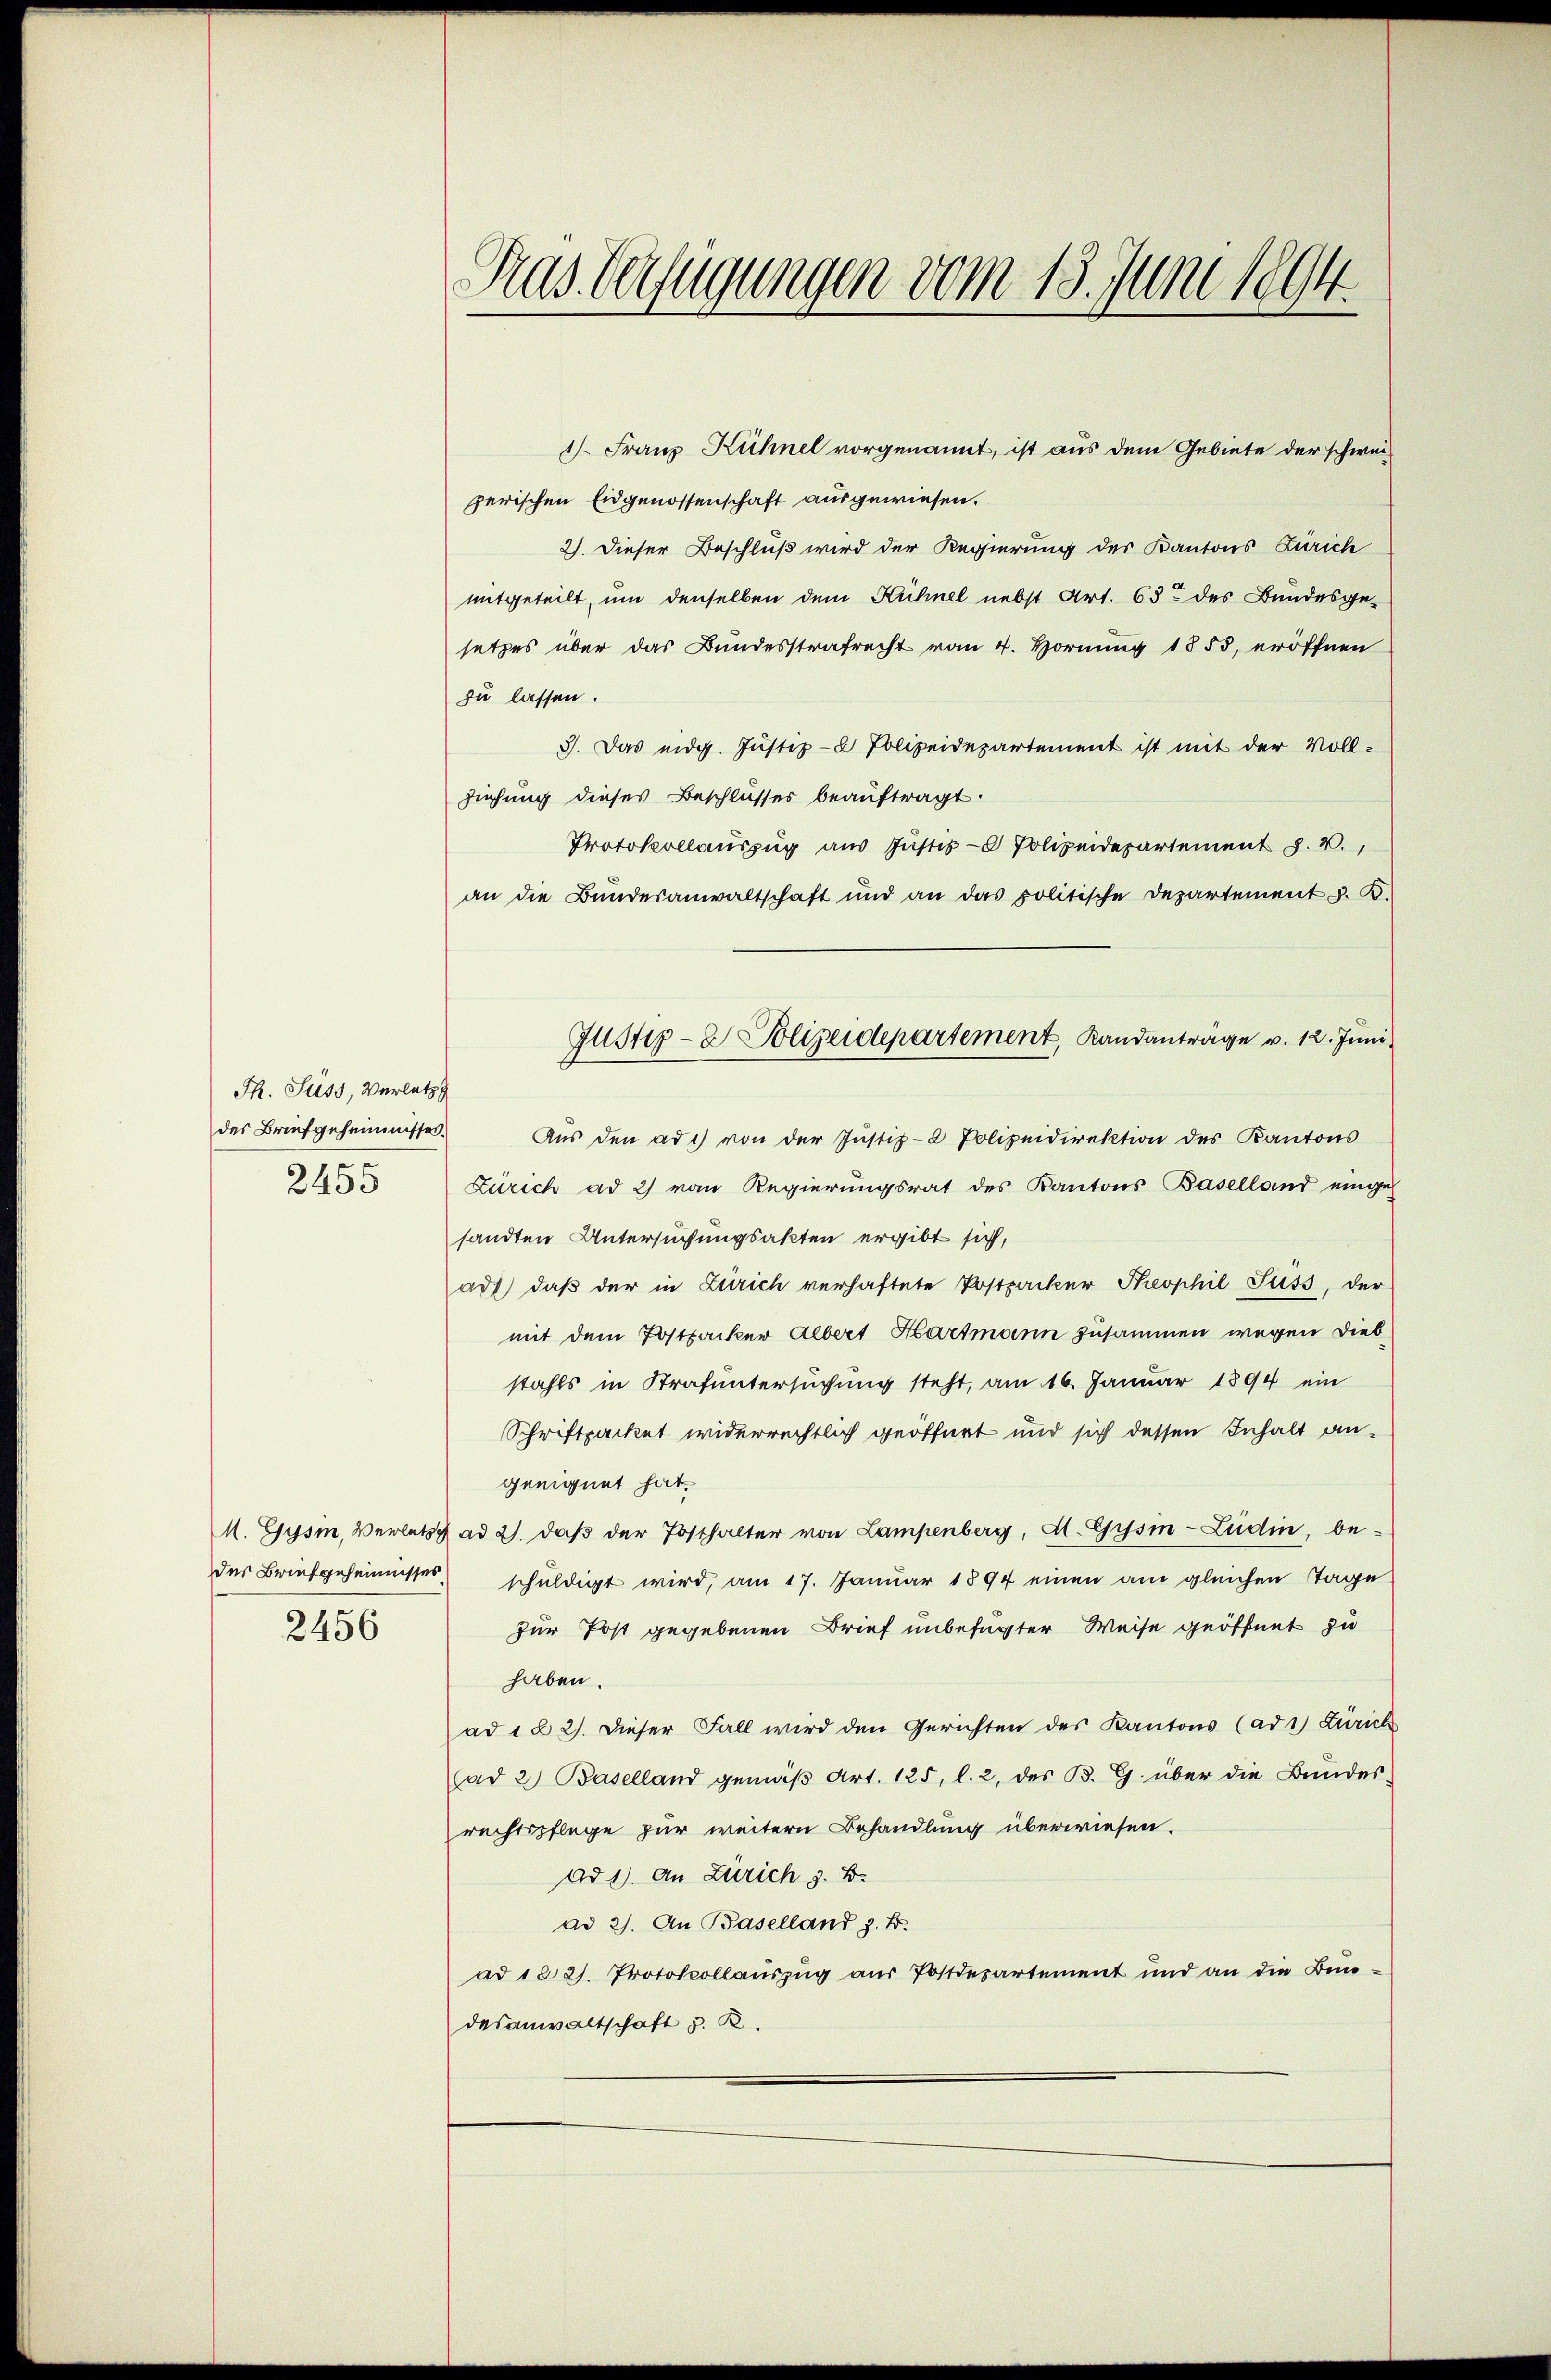
Th. Süss, Verletz
des Briefgeheimnisses.
2455

des Briefgeheimisses
2456

Pras Verfügungen vom 13. Juni 1894.

1. Franz Kühnel vorgenannt, ist aus dem Gebiete der schweizerischen Eidgenossenschaft ausgewiesen.
2). Dieser Beschluß wird der Regierung des Kantons Zürich
mitgeteilt, um denselben dem Kühnel nebst Art. 63 des Bundesgesetzes über das Bundesstrafrecht vom 4. Hornung 1855, eröffnen
zu lassen.
3). Das eidg. Justiz-8 Polizeidepartement ist mit der Voll-
Ziehung dieses Beschlusses beauftragt.
Protokollaŭszŭg aŭs Jŭstiz-8 Polizeidepartement J. V.
an die Bŭndesanwaltschaft und an das politische Departement z. B.
Aŭs den ad c) von der Justiz- Polizeidirektion des Kantons
Zürich ad 2) von Regierungsrat des Kantons Baselland eingeh
sandten Untersuchungsakten ergibt sich,
ad1) daß der in Zürich verhaftete Postpacker Theophil Süss, der
mit dem Postpacker Albert Hartmann zusammen wegen Diebstahls in Strafuntersuchung steht, am 16. Januar 1894 ein
Schriftpacket widerrechtlich geöffnet und sich dessen Inhalt angeeignet hat.
M. Gysin, Verletzt ad 2. daβ der Posthalter von Lampenberg, A. Gysin-Lidin, beschuldigt wird, am 17. Januar 1894 einen am gleichen Tage
für Post gegebenen Brief unbefugter Weise geöffnet zu
haben.
ad 1 § 2). Dieser Fall wird den Gerichten des Kantons (ad 1) Zürich
(ad 2) Baselland gemäß Art. 125, l. 2, des B. G. über die Bundes-
rechtspflege zur weitern Behandlung überwiesen.
ad 1) an Zürich z. B.
ad 2). An Baselland z. B.
ad 102. Protokollauszug aus Postdepartement und an die Bundesanwaltschaft z. B.

Justiz- & Polizeidepartement, Landanträge v. 12. Juni